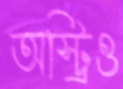
অস্ট্রিও